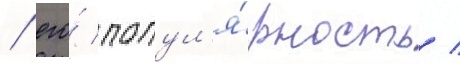
/ его́ попул'я́рность /